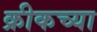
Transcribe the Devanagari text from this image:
क्रीकच्या